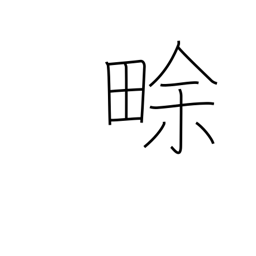
Meaning: new field